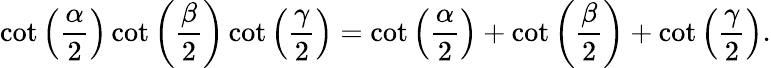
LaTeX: \cot\left({\frac{\alpha}{2}}\right)\cot\left({\frac{\beta}{2}}\right)\cot\left({\frac{\gamma}{2}}\right)=\cot\left({\frac{\alpha}{2}}\right)+\cot\left({\frac{\beta}{2}}\right)+\cot\left({\frac{\gamma}{2}}\right).